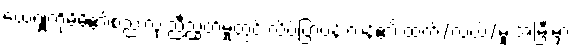
ယေရှုကိုမိမိ၏စည်းလုံးညီညွတ်မှုတွင် လိပ်ပြာပန်းကန်၏ ထက်/လယ်/မူ အမြီးမှာ